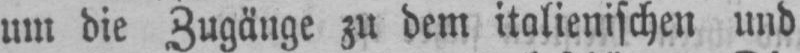
um die Zugänge zu dem italienischen und